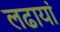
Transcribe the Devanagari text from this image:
लढायां